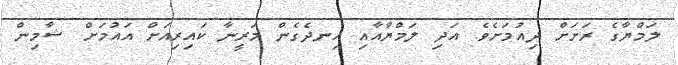
ލަމްޔާގެ ރަށަށް ދިއުމަށެވެ. އަދި ލަމްޔާއާއި އިނދެގެން މަރީނާ ކައިރިއަށް އައުމަށް ޝާމިން